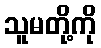
သူမတို့ကို